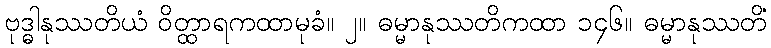
ဗုဒ္ဓါနုဿတိယံ ဝိတ္ထာရကထာမုခံ။ ၂။ ဓမ္မာနုဿတိကထာ ၁၄၆။ ဓမ္မာနုဿတိံ